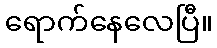
ရောက်နေလေပြီ။